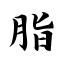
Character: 脂